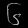
Digit: ၆